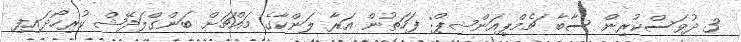
3 ދުވަަސްކުރިން ސާބާ ޗެމްޕިއަންޝިޕް: ފަހަތުން އަރާ ލަންކާގެ މައްޗަށް ބަންގްލަދޭޝް ކުރިހޯދައިފި